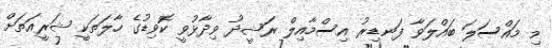
މި މައްސަލަ ބައްލަވާ ފަނޑިރު އިސްމާއިލް ރަޝީދު ވިދާޅުވީ ކޮވިޑުގެ ހާލަތަކީ ޝަރީއަތަށް